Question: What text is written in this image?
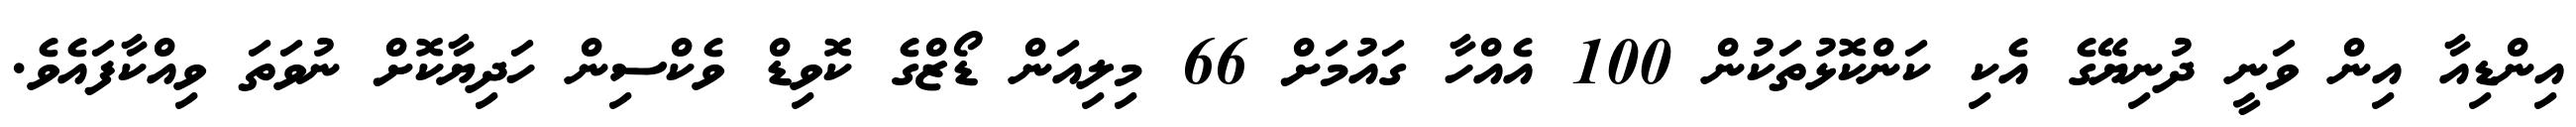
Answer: އިންޑިއާ އިން ވަނީ ދުނިޔޭގެ އެކި ކަންކޮޅުތަކުން 100 އެއްހާ ގައުމަށް 66 މިލިއަން ޑޯޒްގެ ކޮވިޑް ވެކްސިން ހަދިޔާކޮށް ނުވަތަ ވިއްކާފައެވެ.